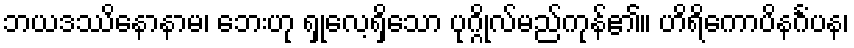
ဘယဒဿိနောနာမ၊ ဘေးဟု ရှုလေ့ရှိသော ပုဂ္ဂိုလ်မည်ကုန်၏။ ဟိရိကောပိနင်္ဂံပန၊